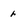
Character: r